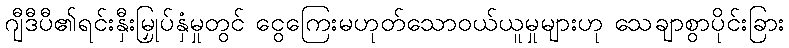
ဂျီဒီပီ၏ရင်းနှီးမြှုပ်နှံမှုတွင် ငွေကြေးမဟုတ်သောဝယ်ယူမှုများဟု သေချာစွာပိုင်းခြား